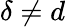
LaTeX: \delta\ne d